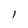
Character: 1